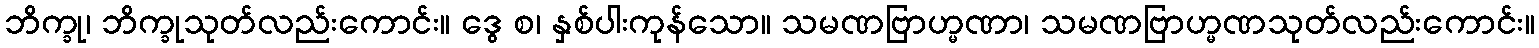
ဘိက္ခု၊ ဘိက္ခုသုတ်လည်းကောင်း။ ဒွေ စ၊ နှစ်ပါးကုန်သော။ သမဏဗြာဟ္မဏာ၊ သမဏဗြာဟ္မဏသုတ်လည်းကောင်း။